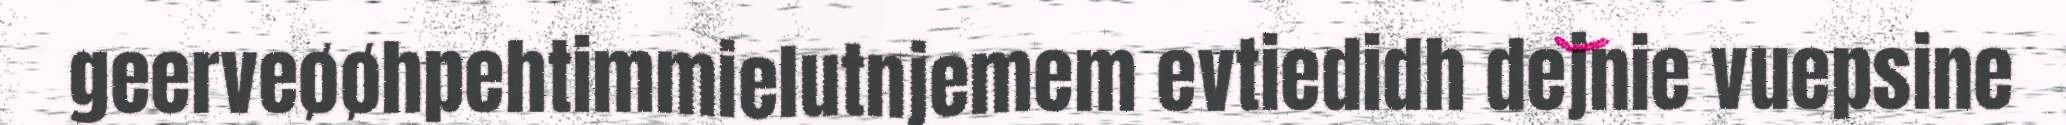
geerveøøhpehtimmielutnjemem evtiedidh dejnie vuepsine